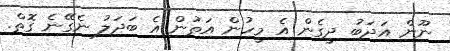
ނޫން އަދަބު ދީގެން އެ މީހުން އަތުން އެ ބަދަލު ނެގޭނެ ގޮތް.